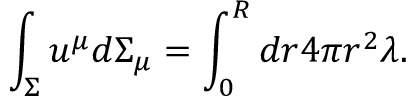
\int _ { \Sigma } u ^ { \mu } d \Sigma _ { \mu } = \int _ { 0 } ^ { R } d r 4 \pi r ^ { 2 } \lambda .